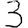
Digit: 3